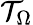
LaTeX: \mathcal{T}_{\Omega}